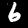
Digit: 6